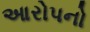
આરોપનો